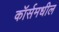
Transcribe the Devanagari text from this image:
कॉर्समधील